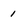
Character: 1